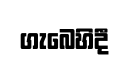
ගැබෙහිදී